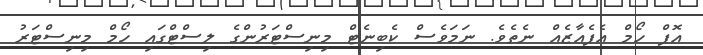
އޮފް ހޯމް އެފެއާޒެއް ނެތެވެ. ނަމަވެސް ކެބިނެޓް މިނިސްޓަރުންގެ ލިސްޓްގައި ހޯމް މިނިސްޓަރު